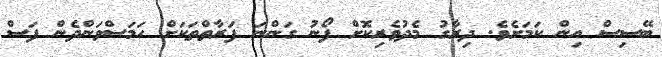
ބޭސިސް އިން ކަމަށެވެ. ދިރާގު މެދުވެރިކޮށް ފޯނު ގަންނަ ފަރާތްތަކަށް ހަމަސްވަންދެން ފަސް